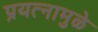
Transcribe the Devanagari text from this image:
प्रयत्‍नामुळे